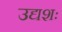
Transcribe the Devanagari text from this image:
उद्यशः